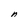
Character: n